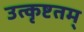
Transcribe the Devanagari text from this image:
उत्कृष्टतम्